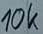
Text: 10k